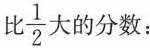
比\frac{1}{2}大的分数：